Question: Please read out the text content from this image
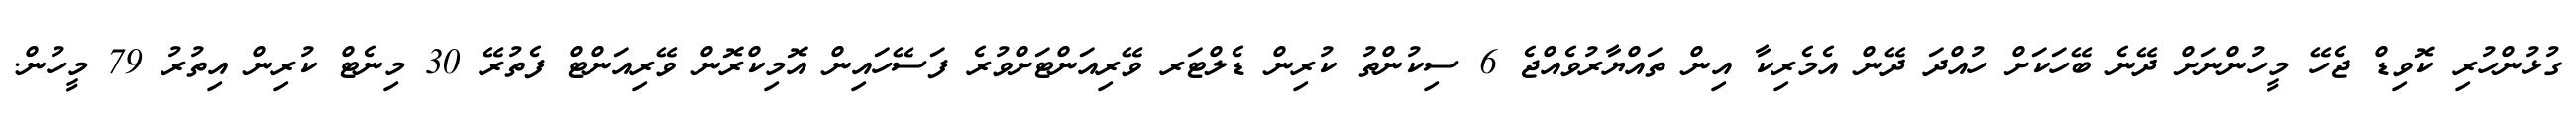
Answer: ގުޅުންހުރި ކޮވިޑް ޖެހޭ މީހުންނަށް ދޭނެ ބޭހަކަށް ހުއްދަ ދޭން އެމެރިކާ އިން ތައްޔާރުވެއްޖެ 6 ސިކުންތު ކުރިން ޑެލްޓަރ ވޭރިއަންޓަށްވުރެ ފަސޭހައިން އޮމިކްރޮން ވޭރިއަންޓް ފެތުރޭ 30 މިނެޓް ކުރިން އިތުރު 79 މީހުން.